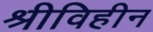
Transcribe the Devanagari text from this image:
श्रीविहीन